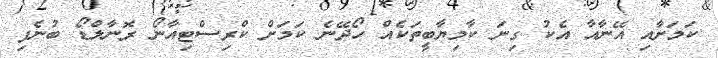
ކަމަށާއި އޭނާއާ އެކު ގިނަ ކާމިޔާބީތަކެއް ހޯދޭނެ ކަމަށް ކްރިސްޓިއާނޯ ރޮނާލްޑޯ ބުނެފި